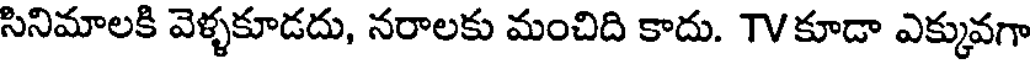
సినిమాలకి వెళ్ళకూడదు, నరాలకు మంచిది కాదు. TVకూడా ఎక్కువగా